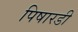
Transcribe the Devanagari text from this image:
पिषारडी